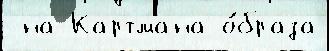
 на Картмана о́браза